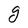
Character: g